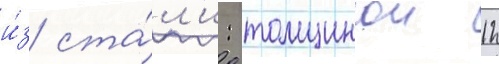
и́з ста́л'и: толщинои 12